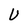
Character: U